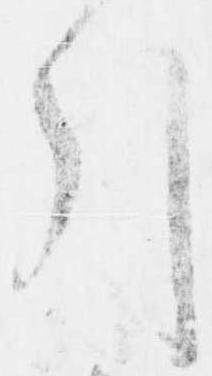
引